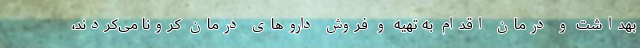
بهداشت و درمان اقدام به تهیه و فروش داروهای درمان کرونا می‌کردند،